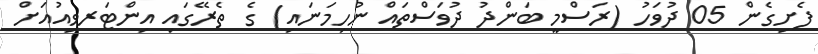
ފެށިގެން 05 ދުވަހު (ރަސްމީ ބަންދު ދުވަސްތައް ނުހިމަނައި) ގެ ތެރޭގައި އިންޓަރވިއުއަށް